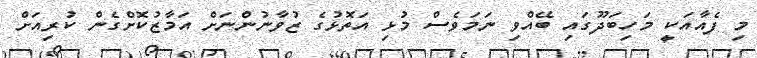
މި ފެއާއަކީ މަހިބަދޫގައި ބޭއްވި ނަމަވެސް މުޅި އަތޮޅުގެ ޒުވާނުންނަށް އަމާޒުކޮށްގެން ކުރިއަށް